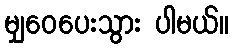
မျှဝေပေးသွား ပါမယ်။